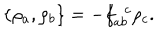
LaTeX: \{ \rho _ { a } , \rho _ { b } \} = - f _ { a b } ^ { \ \ c } \rho _ { c } .